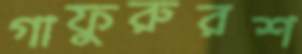
গাফুরুরশ